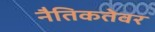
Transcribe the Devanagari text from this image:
नैतिकतेवर